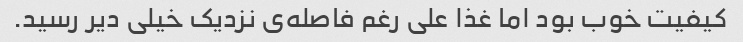
کیفیت خوب بود اما غذا علی رغم فاصله‌ی نزدیک خیلی دیر رسید.